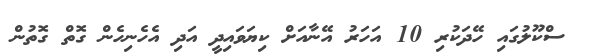
ސްކޫލުގައި ހޭދަކުރި 10 އަހަރު އޭނާއަށް ކިޔަވައިދީ އަދި އެހެނިހެން ގޮތް ގޮތުން